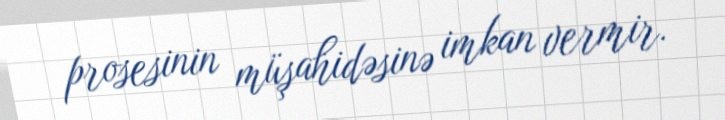
prosesinin müşahidəsinə imkan vermir.